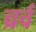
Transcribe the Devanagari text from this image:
च्रर्च